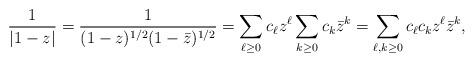
LaTeX: \begin{align*}\frac{1}{|1-z|} = \frac{1}{(1-z)^{1/2}(1-\bar{z})^{1/2}} = \sum_{\ell \ge 0} c_{\ell} z^{\ell}\sum_{k \ge 0} c_{k} \bar{z}^{k} = \sum_{\ell,k \ge 0} c_{\ell}c_k z^{\ell} \bar{z}^k,\end{align*}